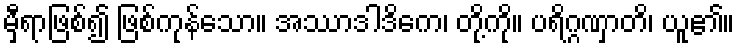
မှီရာဖြစ်၍ ဖြစ်ကုန်သော။ အဿာဒါဒိကေ၊ တို့ကို။ ပရိဂ္ဂဏှာတိ၊ ယူ၏။